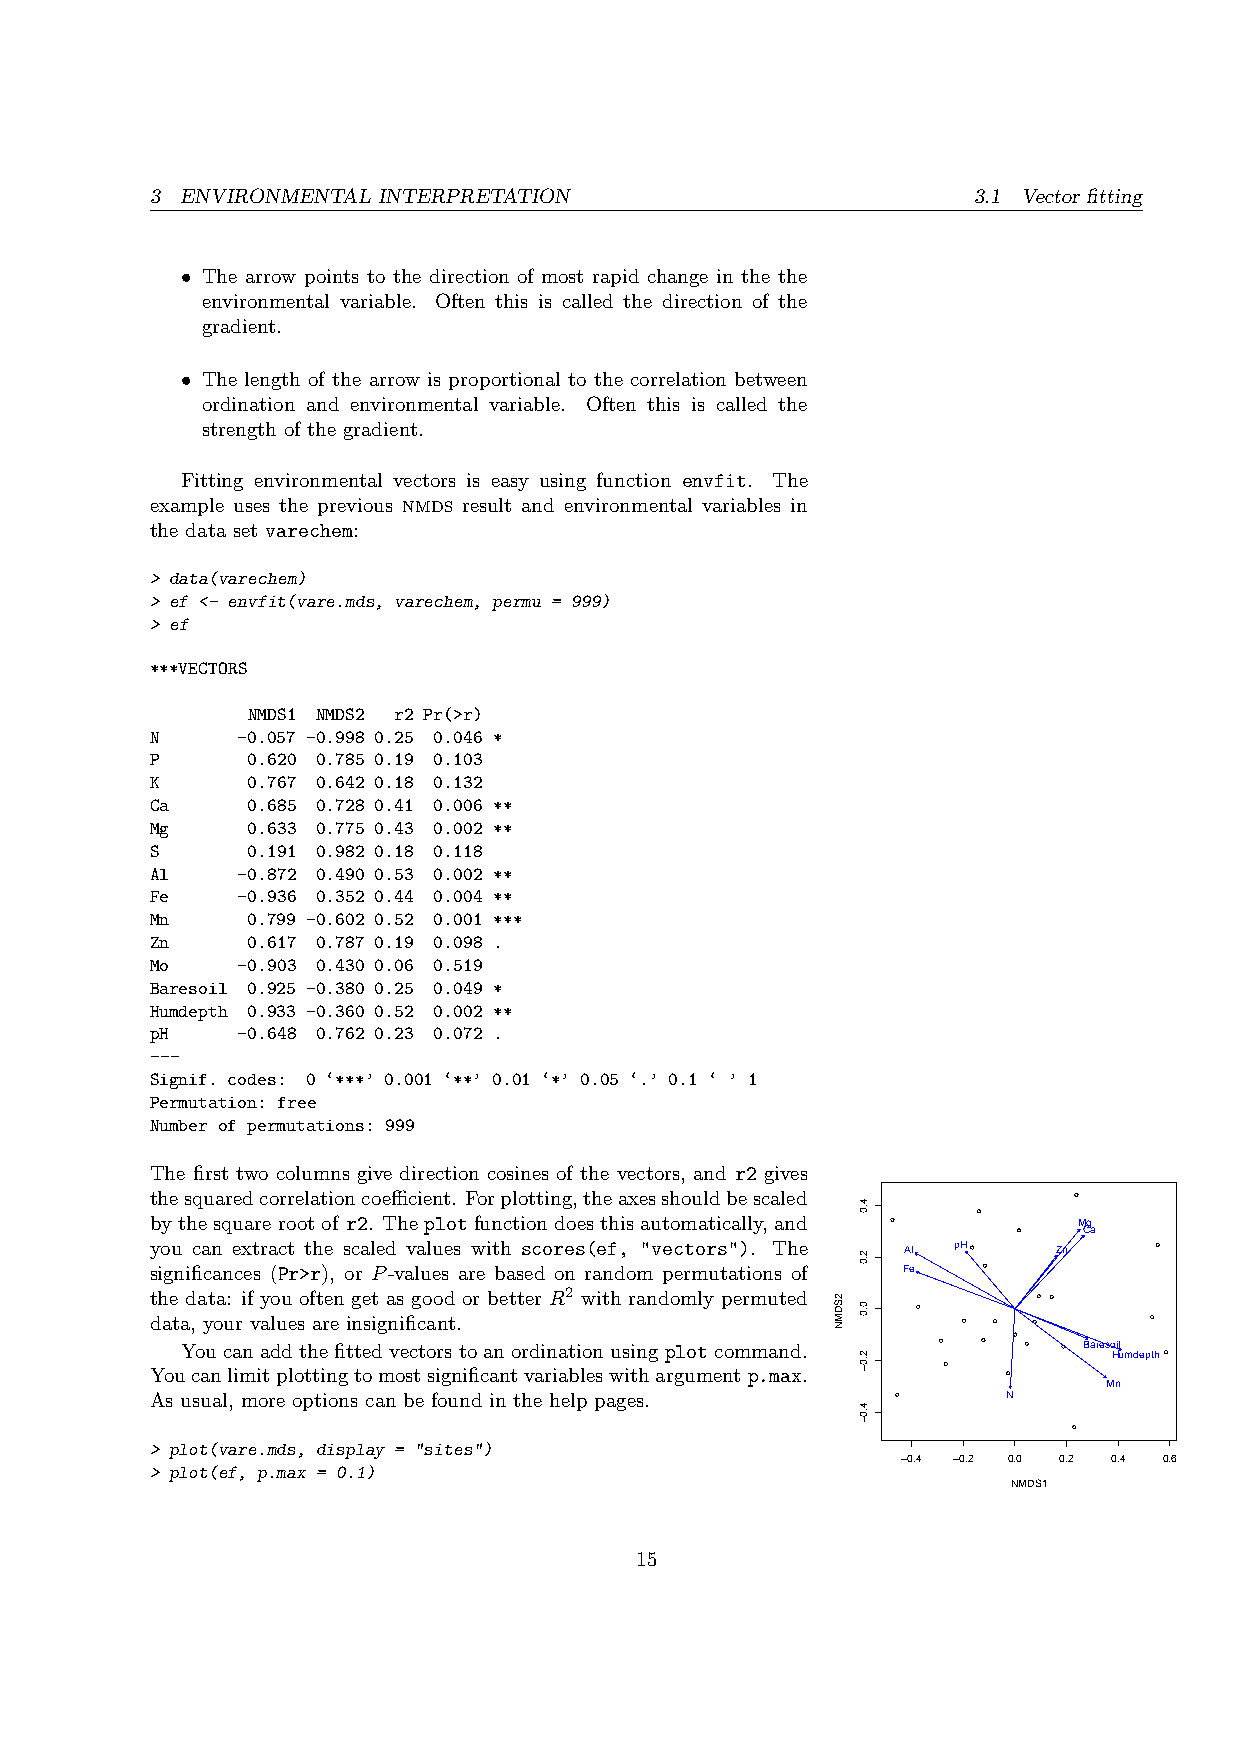
3 ENVIRONMENTAL INTERPRETATION                        3.1 Vector fitting
 • The arrow points to the direction of most rapid change in the the
 environmental variable. Often this is called the direction of the
 gradient.
 • The length of the arrow is proportional to the correlation between
 ordination and environmental variable. Often this is called the
 strength of the gradient.
 Fitting environmental vectors is easy using function envfit. The
 example uses the previous nmds result and environmental variables in
 the data set varechem:
 > data(varechem)
 > ef <- envfit(vare.mds, varechem, permu = 999)
 > ef
 ***VECTORS
 NMDS1 NMDS2 r2 Pr(>r)
 N     -0.057 -0.998 0.25 0.046 *
 P     0.620 0.785 0.19 0.103
 K     0.767 0.642 0.18 0.132
 Ca    0.685 0.728 0.41 0.006 **
 Mg    0.633 0.775 0.43 0.002 **
 S     0.191 0.982 0.18 0.118
 Al    -0.872 0.490 0.53 0.002 **
 Fe    -0.936 0.352 0.44 0.004 **
 Mn    0.799 -0.602 0.52 0.001 ***
 Zn    0.617 0.787 0.19 0.098 .
 Mo    -0.903 0.430 0.06 0.519
 Baresoil 0.925 -0.380 0.25 0.049 *
 Humdepth 0.933 -0.360 0.52 0.002 **
 pH    -0.648 0.762 0.23 0.072 .
 ---
 Signif. codes: 0 ‘***’ 0.001 ‘**’ 0.01 ‘*’ 0.05 ‘.’ 0.1 ‘ ’ 1
 Permutation: free
 Number of permutations: 999
 The first two columns give direction cosines of the vectors, and r2 gives
 thesquaredcorrelationcoefficient. Forplotting,theaxesshouldbescaled l
 bythesquarerootof r2. Theplotfunctiondoesthisautomatically, and l l Mg
 l    Ca
 you can extract the scaled values with scores(ef, "vectors"). The Al pHl Zn l
 significances (Pr>r), or P-values are based on random permutations of Fe l
 the data: if you often get as good or better R2 with randomly permuted l l
 l
 data, your values are insignificant.                  l l l       l
 Youcanaddthefittedvectorstoanordinationusing plotcommand. l l l l l Bareso Hil umdepthl
 Youcanlimitplottingtomostsignificantvariableswithargumentp.max. l l
 Mn
 As usual, more options can be found in the help pages. l N
 l
 > plot(vare.mds, display = "sites")
 −0.4 −0.2 0.0 0.2 0.4 0.6
 > plot(ef, p.max = 0.1)
 NMDS1
 15
 2SDMN
 4.0
 2.0
 0.0
 2.0−
 4.0−